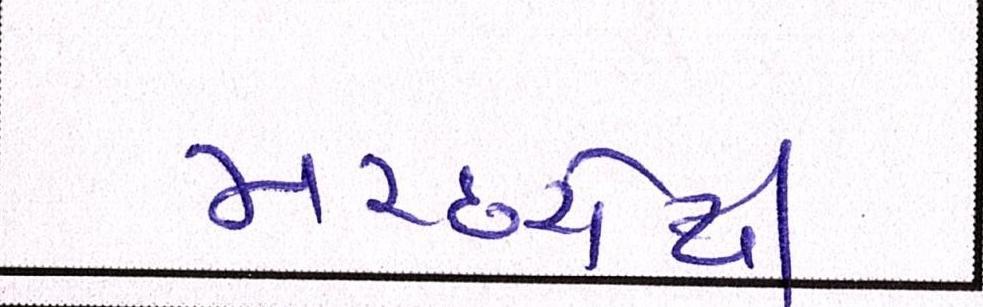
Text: મચ્છરોથી